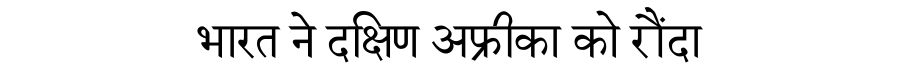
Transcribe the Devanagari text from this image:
भारत ने दक्षिण अफ्रीका को रौंदा